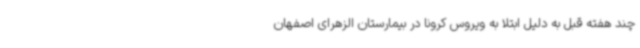
چند هفته قبل به دلیل ابتلا به ویروس کرونا در بیمارستان الزهرای اصفهان